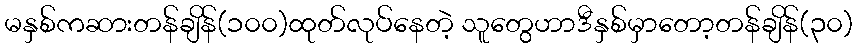
မနှစ်ကဆားတန်ချိန်(၁၀၀)ထုတ်လုပ်နေတဲ့ သူတွေဟာဒီနှစ်မှာတော့တန်ချိန်(၃၀)